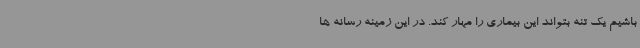
باشیم یک تنه بتواند این بیماری را مهار کند. در این زمینه رسانه ها